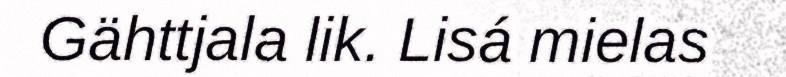
Gähttjala lik. Lisá mielas